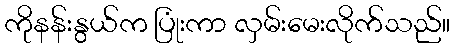
ကိုနန်းနွယ်က ပြုံးကာ လှမ်းမေးလိုက်သည်။